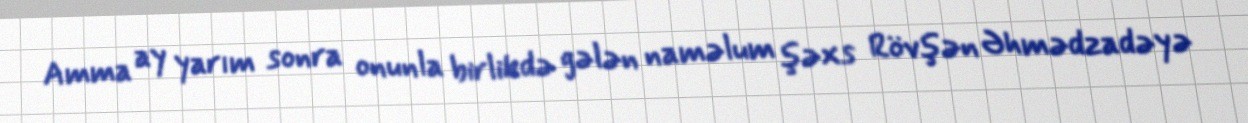
Amma ay yarım sonra onunla birlikdə gələn naməlum şəxs Rövşən Əhmədzadəyə